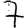
Digit: 7